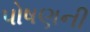
પોષણની